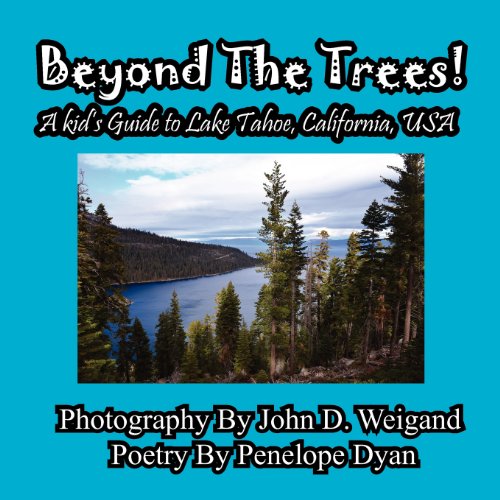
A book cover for Beyond The Trees! A Kid's Guide To Lake Tahoe, USA; Penelope Dyan; Children's Books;